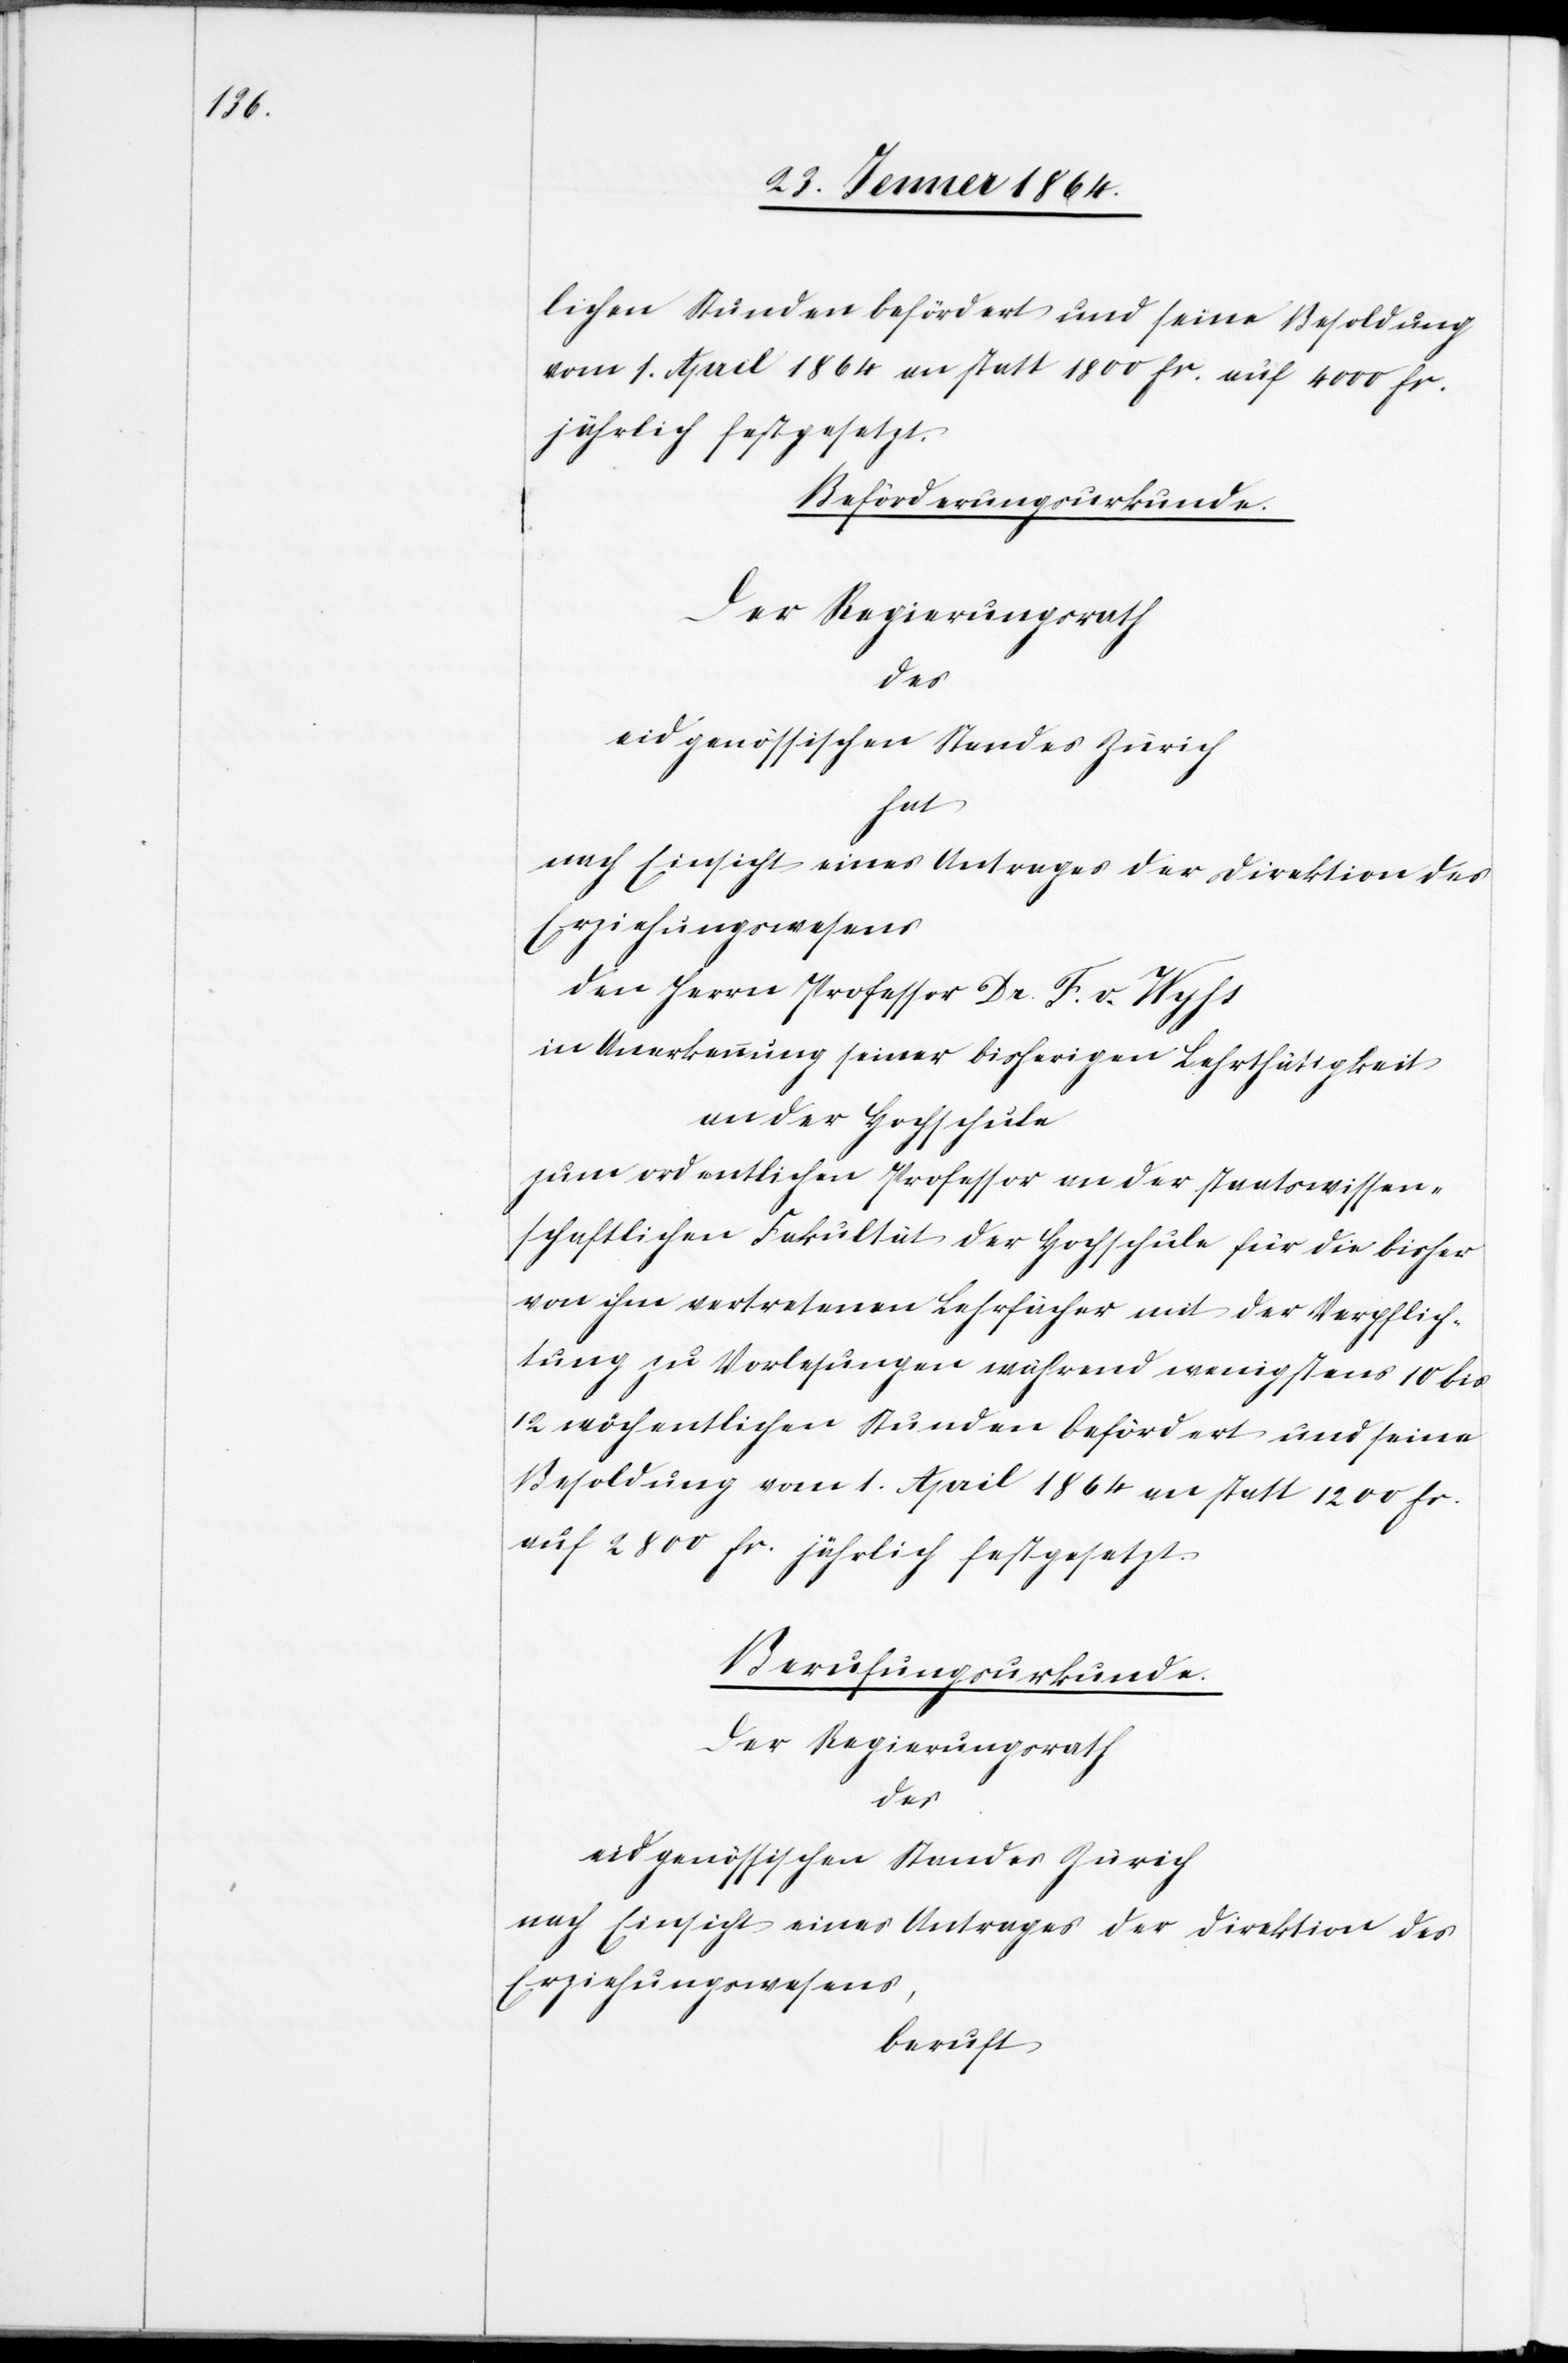
lichen Stunden befördert und seine Besoldung
vom 1. April 1864 an statt 1800 fr. auf 4000 fr.
jährlich festgesetzt.
Beförderungsurkunde.
Der Regierungsrath
hat
nach Einsicht eines Antrages der Direktion des
Erziehungswesens
den Herrn Professor Dr. F. v. Wyhs
in Anerkennung seiner bisherigen Lehrtätigkeit
an der Hochschule
zum ordentlichen Professor an der staatswissen¬
schaftlichen Fakultät der Hochschule für die bisher
von ihm vertretenen Lehrfächer mit der Verpflich¬
tung zu Vorlesungen während wenigstens 10 bis
12 wöchentlichen Stunden befördert und seine
Besoldung vom 1. April 1864 an statt 1200 fr.
auf 2800 fr. jährlich festgesetzt.
Berufungsurkunde.
Der Regierungsrath
des
eidgenössischen Standes Zürich
nach Einsicht eines Antrages der Direktion des
Erziehungswesens,
beruft